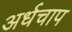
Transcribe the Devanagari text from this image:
अर्धचाप